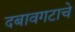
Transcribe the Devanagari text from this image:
दबावगटाचे